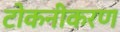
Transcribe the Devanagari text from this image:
टोकनीकरण